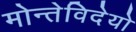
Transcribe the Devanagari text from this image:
मोन्तेविदेयो